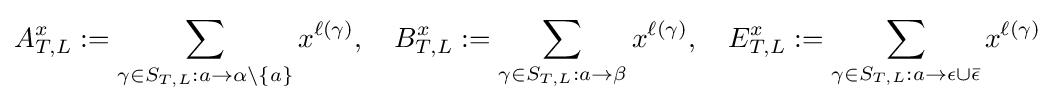
A_{T,L}^{x}:=\sum _{\gamma \in S_{T,L}:a\to \alpha \setminus \{a\}}x^{\ell (\gamma )},\quad B_{T,L}^{x}:=\sum _{\gamma \in S_{T,L}:a\to \beta }x^{\ell (\gamma )},\quad E_{T,L}^{x}:=\sum _{\gamma \in S_{T,L}:a\to \epsilon \cup {\bar {\epsilon }}}x^{\ell (\gamma )}